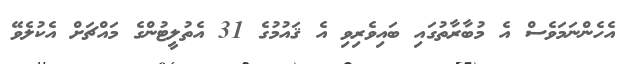
އެހެންނަމަވެސް އެ މުބާރާތުގައި ބައިވެރިވި އެ ޤައުމުގެ 31 އެތުލީޓުންގެ މައްޗަށް އެކުލެވޭ